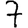
Digit: 7